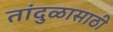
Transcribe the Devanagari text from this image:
तांदुळासाठी